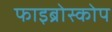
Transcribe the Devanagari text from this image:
फाइब्रोस्कोप